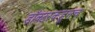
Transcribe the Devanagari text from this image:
डॉक्टरकडूनच